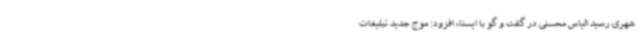
شهری رسید الیاس محسنی در گفت و گو با ایسنا، افزود: موج جدید تبلیغات